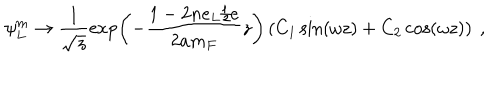
\psi _ { L } ^ { m } \to \frac { 1 } { \sqrt { z } } \exp \left( - \frac { 1 - 2 n e _ { L } / e } { 2 a m _ { F } } z \right) \left( C _ { 1 } \sin ( \omega z ) + C _ { 2 } \cos ( \omega z ) \right) ~ ,